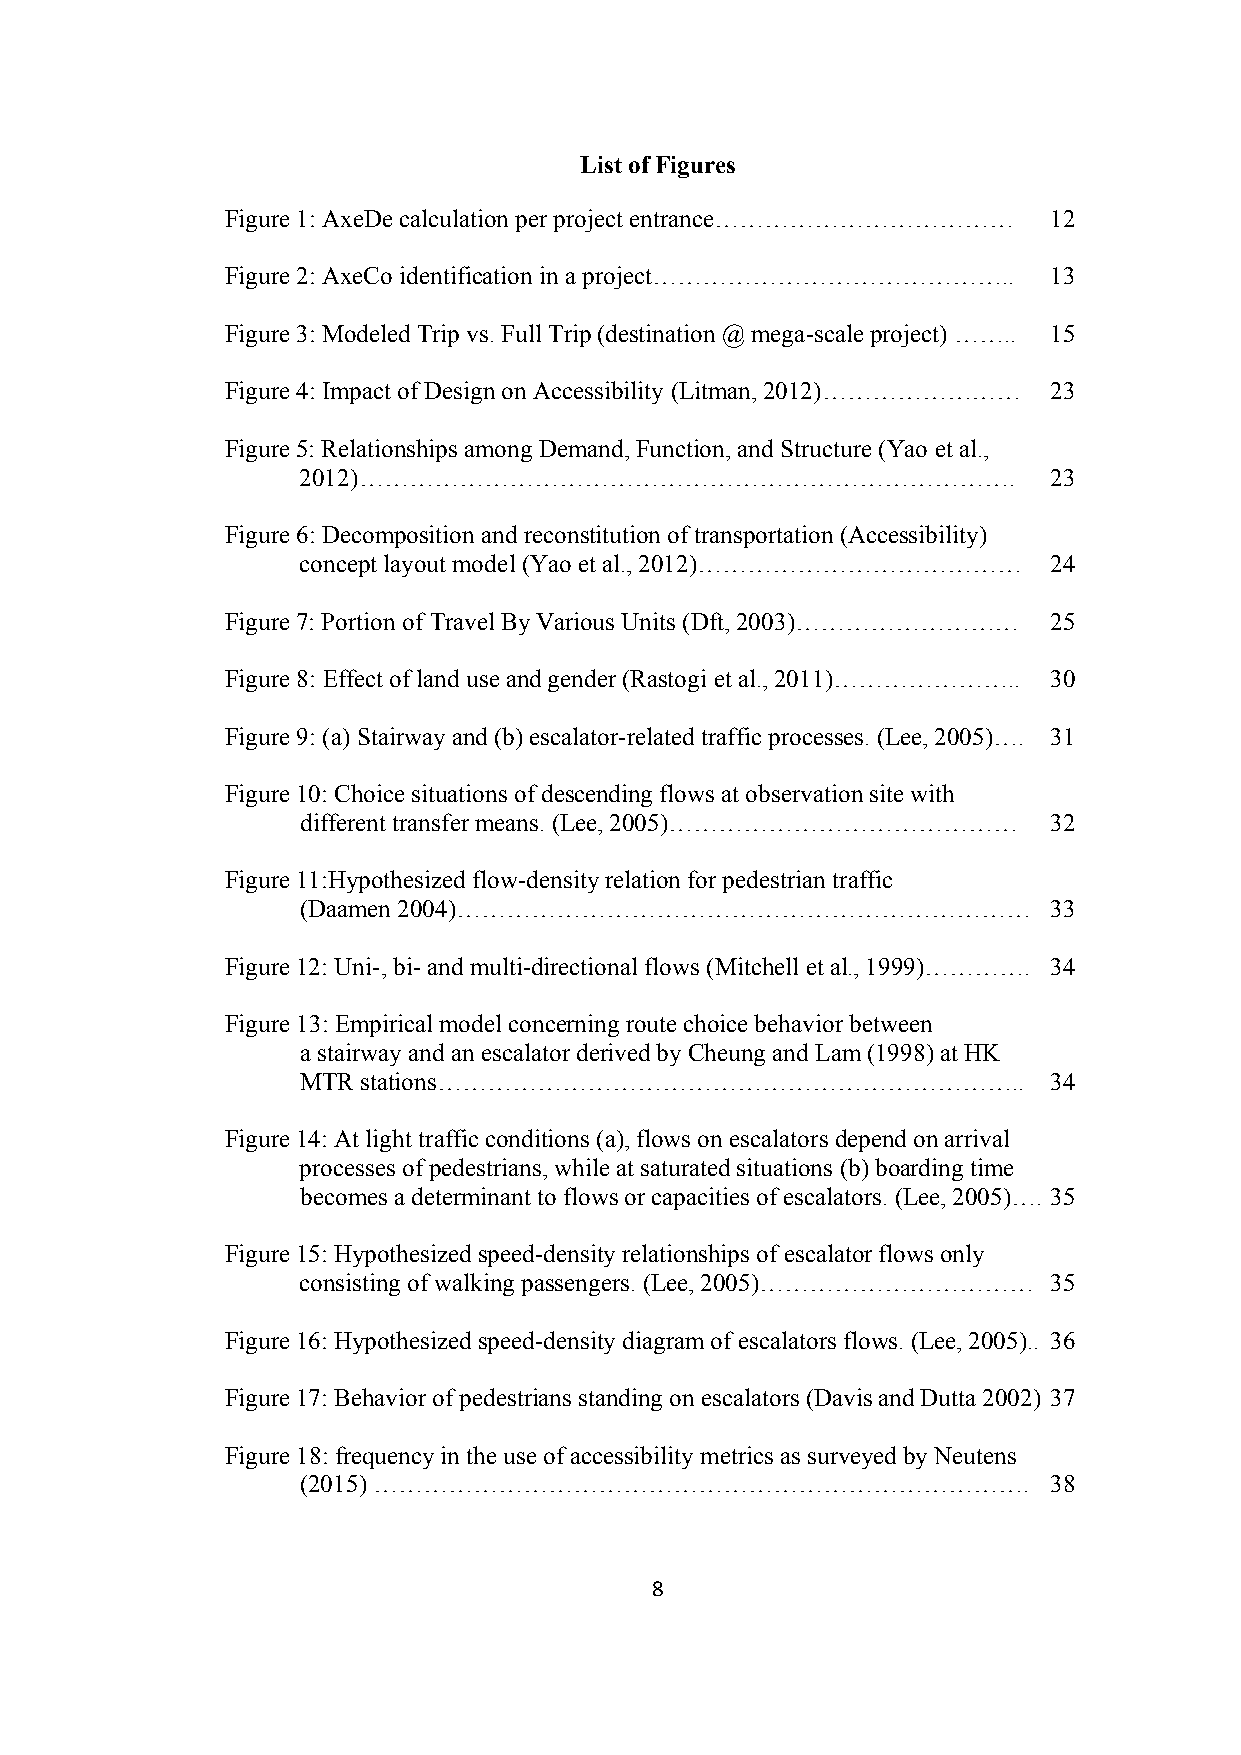
List of Figures
 Figure 1: AxeDe calculation per project entrance……………………………… 12
 Figure 2: AxeCo identification in a project…………………………………….. 13
 Figure 3: Modeled Trip vs. Full Trip (destination @ mega-scale project) …….. 15
 Figure 4: Impact of Design on Accessibility (Litman, 2012)…………………… 23
 Figure 5: Relationships among Demand, Function, and Structure (Yao et al.,
 2012)…………………………………………………………………….                  23
 Figure 6: Decomposition and reconstitution of transportation (Accessibility)
 concept layout model (Yao et al., 2012)………………………………… 24
 Figure 7: Portion of Travel By Various Units (Dft, 2003)……………………… 25
 Figure 8: Effect of land use and gender (Rastogi et al., 2011)………………….. 30
 Figure 9: (a) Stairway and (b) escalator-related traffic processes. (Lee, 2005)…. 31
 Figure 10: Choice situations of descending flows at observation site with
 different transfer means. (Lee, 2005)…………………………………… 32
 Figure 11:Hypothesized flow-density relation for pedestrian traffic
 (Daamen 2004)……………………………………………………………              33
 Figure 12: Uni-, bi- and multi-directional flows (Mitchell et al., 1999)…………. 34
 Figure 13: Empirical model concerning route choice behavior between
 a stairway and an escalator derived by Cheung and Lam (1998) at HK
 MTR stations……………………………………………………………..             34
 Figure 14: At light traffic conditions (a), flows on escalators depend on arrival
 processes of pedestrians, while at saturated situations (b) boarding time
 becomes a determinant to flows or capacities of escalators. (Lee, 2005)…. 35
 Figure 15: Hypothesized speed-density relationships of escalator flows only
 consisting of walking passengers. (Lee, 2005)…………………………… 35
 Figure 16: Hypothesized speed-density diagram of escalators flows. (Lee, 2005).. 36
 Figure 17: Behavior of pedestrians standing on escalators (Davis and Dutta 2002) 37
 Figure 18: frequency in the use of accessibility metrics as surveyed by Neutens
 (2015) …………………………………………………………………….                38
 8